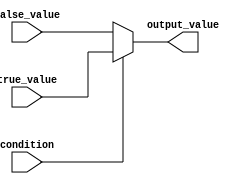
module conditional_operator(
    input wire condition,
    input wire [3:0] true_value,
    input wire [3:0] false_value,
    output reg [3:0] output_value
);

always @(*) begin
    output_value = (condition) ? true_value : false_value;
end

endmodule